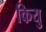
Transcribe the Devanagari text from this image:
कियु